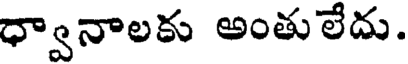
ధ్వానాలకు అంతులేదు.